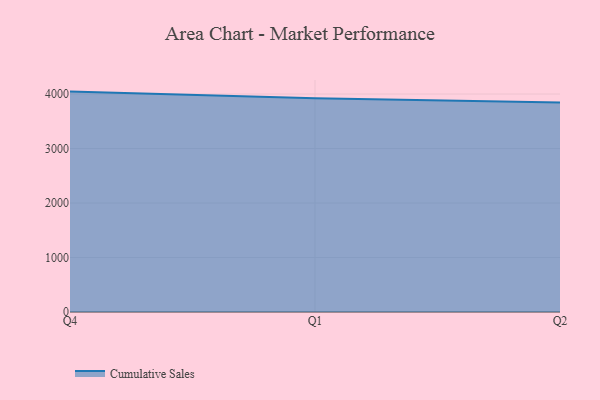
{"axis": {"x": "Quarter", "y": "Temperature (°C)"}, "legend": ["Cumulative Sales"], "data": [{"x": "Q4", "y": 4044.7, "type": "Cumulative Sales"}, {"x": "Q1", "y": 3922.9, "type": "Cumulative Sales"}, {"x": "Q2", "y": 3844.7, "type": "Cumulative Sales"}]}